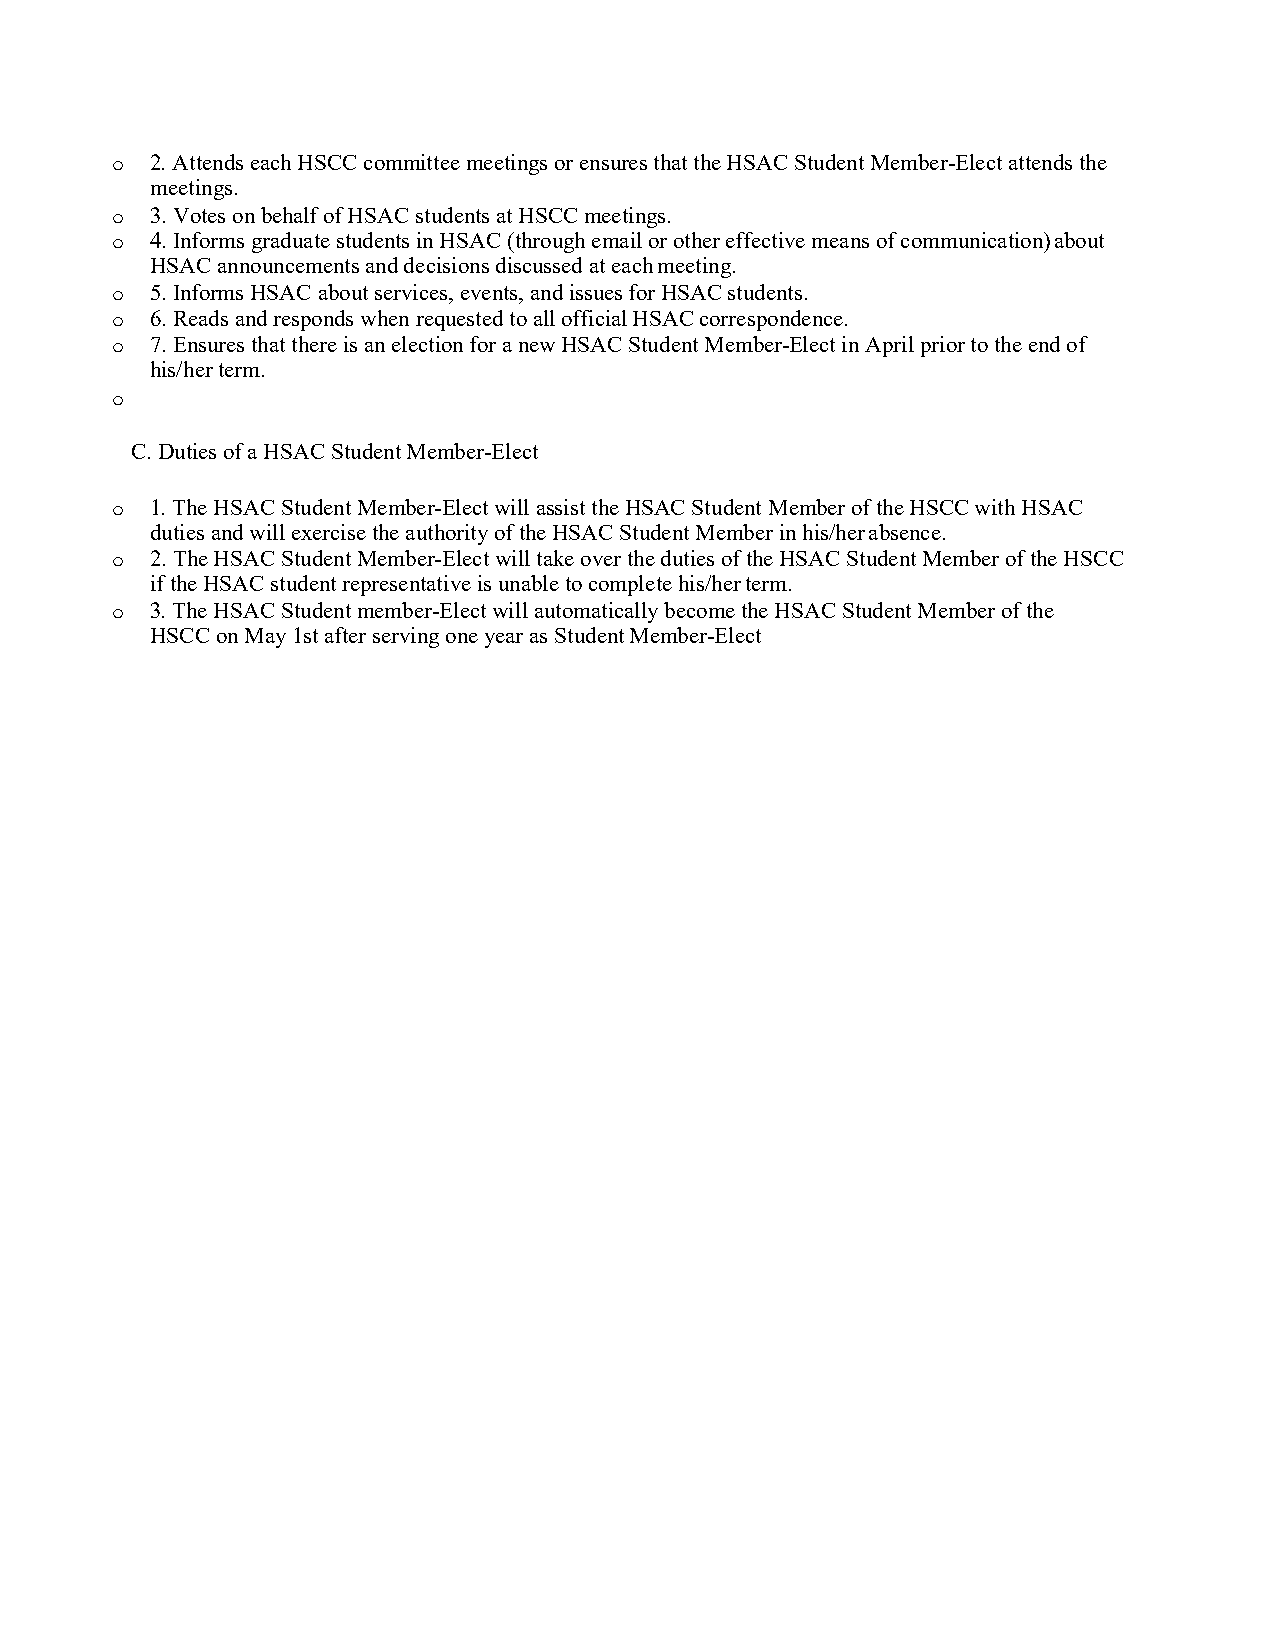
2. Attends each HSCC committee meetings or ensures that the HSAC Student Member-Elect attends the
 o
 meetings.
 3. Votes on behalf of HSAC students at HSCC meetings.
 o
 4. Informs graduate students in HSAC (through email or other effective means of communication) about
 o
 HSAC announcements and decisions discussed at each meeting.
 5. Informs HSAC about services, events, and issues for HSAC students.
 o
 6. Reads and responds when requested to all official HSAC correspondence.
 o
 7. Ensures that there is an election for a new HSAC Student Member-Elect in April prior to the end of
 o
 his/her term.
 o
 C. Duties of a HSAC Student Member-Elect
 1. The HSAC Student Member-Elect will assist the HSAC Student Member of the HSCC with HSAC
 o
 duties and will exercise the authority of the HSAC Student Member in his/her absence.
 2. The HSAC Student Member-Elect will take over the duties of the HSAC Student Member of the HSCC
 o
 if the HSAC student representative is unable to complete his/her term.
 3. The HSAC Student member-Elect will automatically become the HSAC Student Member of the
 o
 HSCC on May 1st after serving one year as Student Member-Elect